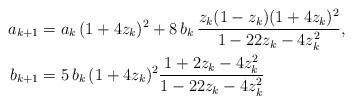
LaTeX: \begin{align*}a_{k+1}&=a_k\, (1+4z_k)^2 + 8\,b_k\,\frac{z_k(1-z_k)(1+4z_k)^2}{1-22z_k-4z_k^2},\\b_{k+1}&=5\,b_k\,(1+4z_k)^2\frac{1+2z_k-4z_k^2}{1-22z_k-4z_k^2}\end{align*}